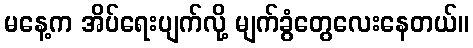
မနေ့က အိပ်ရေးပျက်လို့ မျက်ခွံတွေလေးနေတယ်။